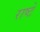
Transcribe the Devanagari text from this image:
राष्टे